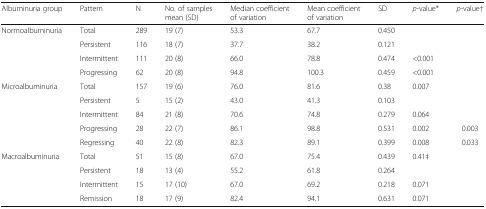
| Albuminuria group | Pattern | N | No. of samples mean (SD) | Median coefficient of variation | Mean coefficientof variation | SD | p-value* | p-value† |
 | --- | --- | --- | --- | --- | --- | --- | --- | --- |
 | <ROWSPAN=4> Normoalbuminuria | Total | 289 | 19 (7) | 53.3 | 67.7 | 0.450 |  |  |
 | Persistent | 116 | 18 (7) | 37.7 | 38.2 | 0.121 |  |  |
 | Intermittent | 111 | 20 (8) | 66.0 | 78.8 | 0.474 | <0.001 |  |
 | Progressing | 62 | 20 (8) | 94.8 | 100.3 | 0.459 | <0.001 |  |
 | <ROWSPAN=5> Microalbuminuria | Total | 157 | 19 (6) | 76.0 | 81.6 | 0.38 | 0.007 |  |
 | Persistent | 5 | 15 (2) | 43.0 | 41.3 | 0.103 |  |  |
 | Intermittent | 84 | 21 (8) | 70.6 | 74.8 | 0.279 | 0.064 |  |
 | Progressing | 28 | 22 (7) | 86.1 | 98.8 | 0.531 | 0.002 | 0.003 |
 | Regressing | 40 | 22 (8) | 82.3 | 89.1 | 0.399 | 0.008 | 0.033 |
 | <ROWSPAN=4> Macroalbuminuria | Total | 51 | 15 (8) | 67.0 | 75.4 | 0.439 | 0.41‡ |  |
 | Persistent | 18 | 13 (4) | 55.2 | 61.8 | 0.264 |  |  |
 | Intermittent | 15 | 17 (10) | 67.0 | 69.2 | 0.218 | 0.071 |  |
 | Remission | 18 | 17 (9) | 82.4 | 94.1 | 0.631 | 0.071 |  |